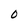
Character: O